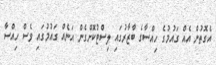
އެގޮތުން އެއް ގައުމުގެ ހިއްސާގެ ބާޒާރުގައި ލިސްޓުކޮށްގެން އަނެއް ގައުމުގައި ވެސް ހިއްސާ